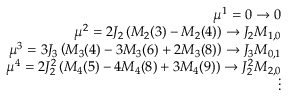
\begin{array} { r l r } & { } & { \mu ^ { 1 } = 0 \to 0 } \\ & { } & { \mu ^ { 2 } = 2 J _ { 2 } \left( M _ { 2 } ( 3 ) - M _ { 2 } ( 4 ) \right) \to J _ { 2 } M _ { 1 , 0 } } \\ & { } & { \mu ^ { 3 } = 3 J _ { 3 } \left( M _ { 3 } ( 4 ) - 3 M _ { 3 } ( 6 ) + 2 M _ { 3 } ( 8 ) \right) \to J _ { 3 } M _ { 0 , 1 } } \\ & { } & { \mu ^ { 4 } = 2 J _ { 2 } ^ { 2 } \left( M _ { 4 } ( 5 ) - 4 M _ { 4 } ( 8 ) + 3 M _ { 4 } ( 9 ) \right) \to J _ { 2 } ^ { 2 } M _ { 2 , 0 } } \\ & { } & { \quad \ \ \vdots } \end{array}